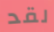
لقد